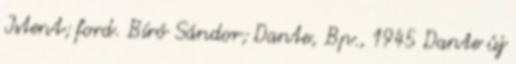
Istent; ford. Bíró Sándor; Dante, Bp., 1945 Dante új